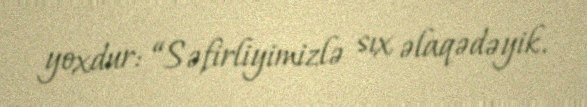
yoxdur: “Səfirliyimizlə sıx əlaqədəyik.